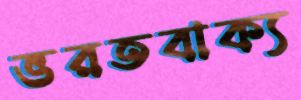
ভরতবাক্য